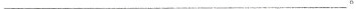
___。